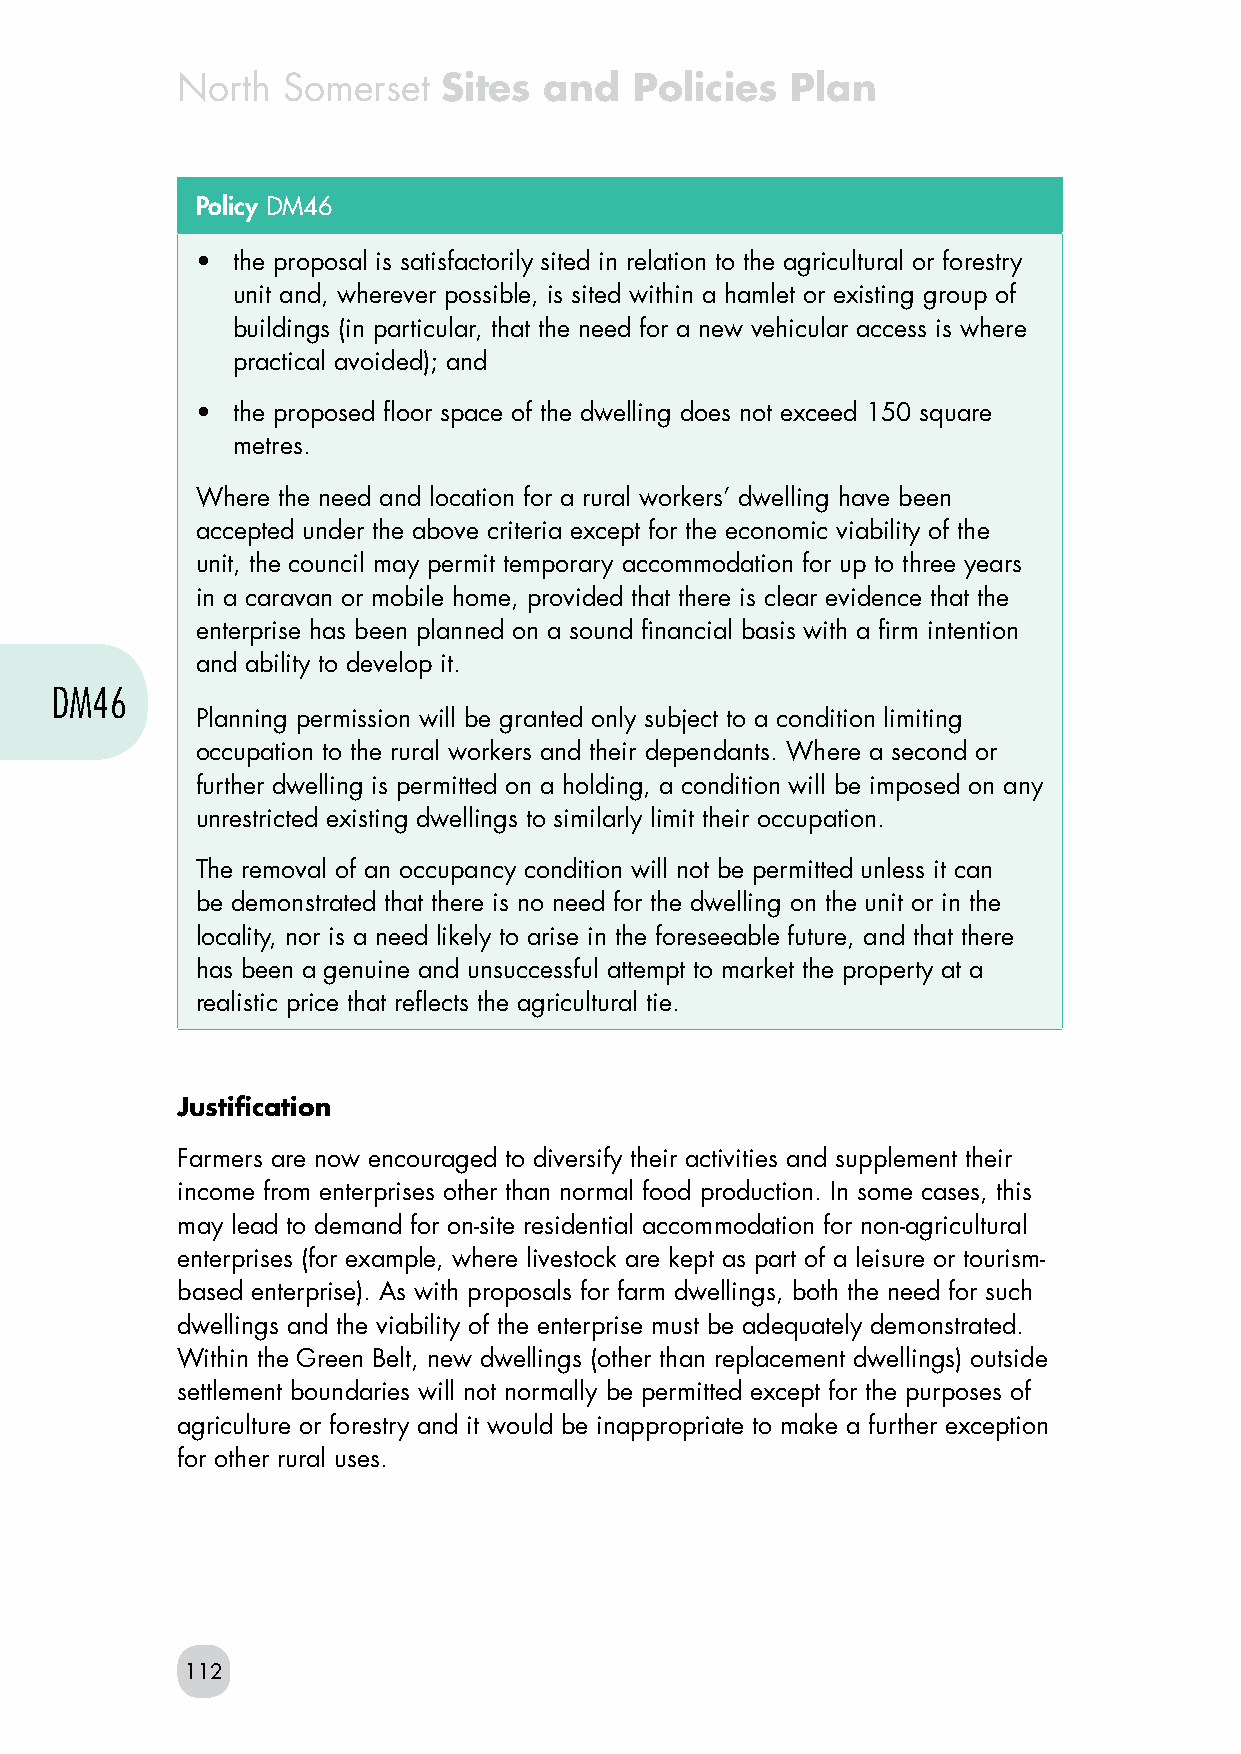
North  Somerset  Sites  and   Policies  Plan
 Policy DM46
 • the proposal is satisfactorily sited in relation to the agricultural or forestry
 unit and, wherever possible, is sited within a hamlet or existing group of
 buildings (in particular, that the need for a new vehicular access is where
 practical avoided); and
 • the proposed floor space of the dwelling does not exceed 150 square
 metres.
 Where the need and location for a rural workers’ dwelling have been
 accepted under the above criteria except for the economic viability of the
 unit, the council may permit temporary accommodation for up to three years
 in a caravan or mobile home, provided that there is clear evidence that the
 enterprise has been planned on a sound financial basis with a firm intention
 and ability to develop it.
 DM46
 Planning permission will be granted only subject to a condition limiting
 occupation to the rural workers and their dependants. Where a second or
 further dwelling is permitted on a holding, a condition will be imposed on any
 unrestricted existing dwellings to similarly limit their occupation.
 The removal of an occupancy condition will not be permitted unless it can
 be demonstrated that there is no need for the dwelling on the unit or in the
 locality, nor is a need likely to arise in the foreseeable future, and that there
 has been a genuine and unsuccessful attempt to market the property at a
 realistic price that reflects the agricultural tie.
 Justification
 Farmers are now encouraged to diversify their activities and supplement their
 income from enterprises other than normal food production. In some cases, this
 may lead to demand for on-site residential accommodation for non-agricultural
 enterprises (for example, where livestock are kept as part of a leisure or tourism-
 based enterprise). As with proposals for farm dwellings, both the need for such
 dwellings and the viability of the enterprise must be adequately demonstrated.
 Within the Green Belt, new dwellings (other than replacement dwellings) outside
 settlement boundaries will not normally be permitted except for the purposes of
 agriculture or forestry and it would be inappropriate to make a further exception
 for other rural uses.
 112